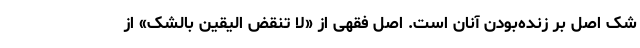
شک اصل بر زنده‌بودن آنان است. اصل فقهی از «لا تنقض الیقین بالشک» از